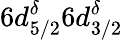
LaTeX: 6d_{5/2}^{\delta}6d_{3/2}^{\delta}